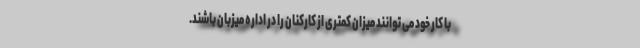
با کار خود می توانند میزان کمتری از کارکنان را در اداره میزبان باشند.